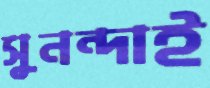
সুনন্দাই